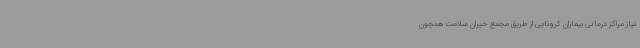
نیاز مراکز درمانی بیماران کرونایی از طریق مجمع خیران سلامت همچون